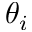
\theta _ { i }